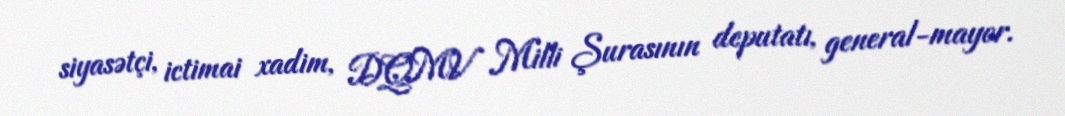
siyasətçi, ictimai xadim, DQMV Milli Şurasının deputatı, general-mayor.